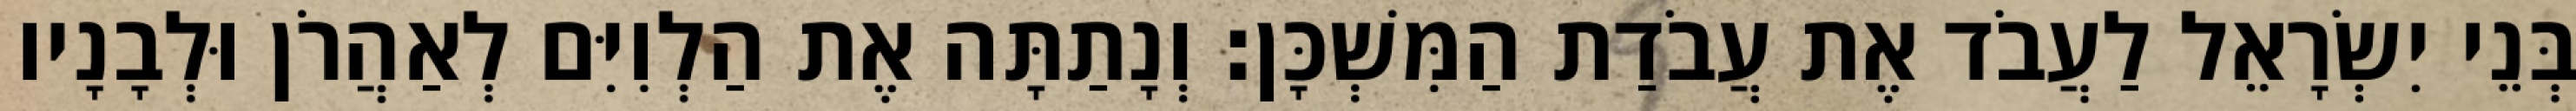
בְּנֵי יִשְׂרָאֵל לַעֲבֹד אֶת עֲבֹדַת הַמִּשְׁכָּן׃ וְנָתַתָּה אֶת הַלְוִיִּם לְאַהֲרֹן וּלְבָנָיו